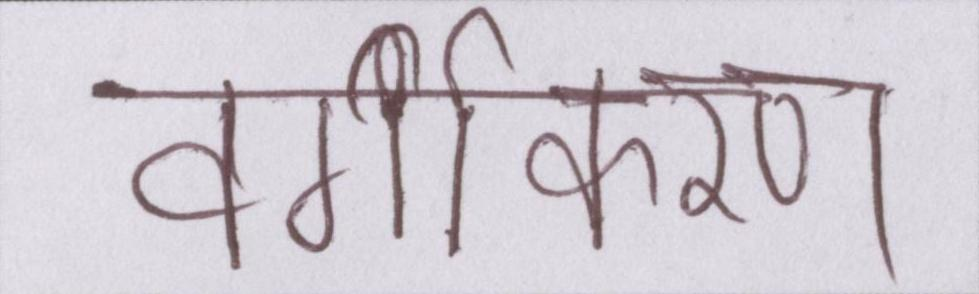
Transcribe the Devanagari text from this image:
वर्गीकरण